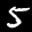
Label: 5